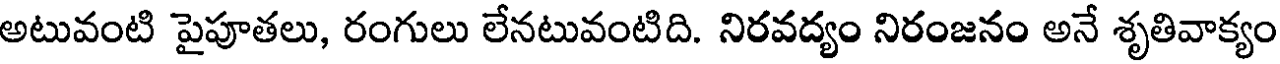
అటువంటి పైపూతలు, రంగులు లేనటువంటిది. నిరవద్యం నిరంజనం అనే శృతివాక్యం